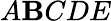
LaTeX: A\mathbf{B}CDE